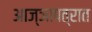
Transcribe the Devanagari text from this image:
आज्ञापत्रात